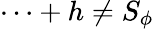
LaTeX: \cdots+h\neq S_{\phi}